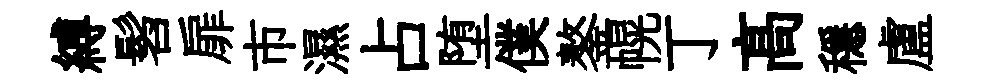
縛髫扉市濕占堕僕鏊幌丁髙穩盧